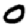
Digit: 0